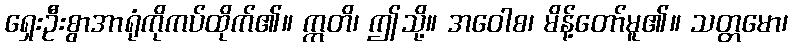
ရှေးဦးစွာအာရုံကိုကပ်ထိုက်၏။ ဣတိ၊ ဤသို့။ အဝေါစ၊ မိန့်တော်မူ၏။ သတ္တမော၊